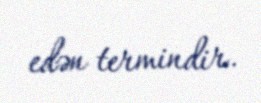
edən termindir.